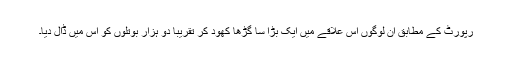
رپورٹ کے مطابق ان لوگوں اس علاقے میں ایک بڑا سا گڑھا کھود کر تقریباً دو ہزار بوتلوں کو اس میں ڈال دیا۔